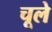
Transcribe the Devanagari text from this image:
चूले